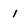
Character: 1